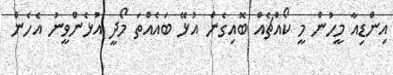
އިންޑިއާ މީހުން މީ ކޯއްޗެއް ބޮއިގެން އުޅޭ ބައެއްތަ މޯދީ އުޅެންވީނު އެހެން